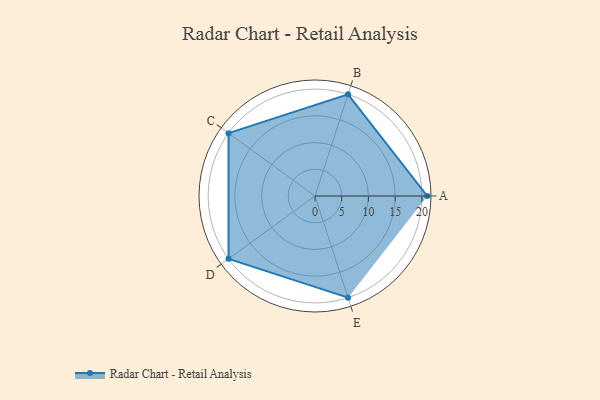
{"axis": {"x": "Skill", "y": "Score"}, "legend": ["Profile"], "data": [{"x": "A", "y": 21.0, "type": "Profile"}, {"x": "B", "y": 20.0, "type": "Profile"}, {"x": "C", "y": 20, "type": "Profile"}, {"x": "D", "y": 20, "type": "Profile"}, {"x": "E", "y": 20, "type": "Profile"}]}